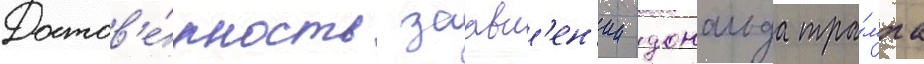
Достов'е́рность заавл'ен'ии дональда тра́мпа